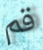
قم